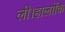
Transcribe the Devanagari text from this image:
ली।हालांकि